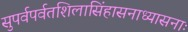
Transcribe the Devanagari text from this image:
सुपर्वपर्वतशिलासिंहासनाध्यासनाः